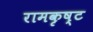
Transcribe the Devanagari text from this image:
रामकृष्ट